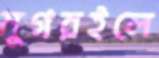
মুগরইলে